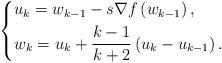
LaTeX: \begin{align*}\left\{\begin{aligned}& u_{k}=w_{k-1}-s \nabla f\left(w_{k-1}\right), \\& w_{k}=u_{k}+\frac{k-1}{k+2}\left(u_{k}-u_{k-1}\right).\end{aligned}\right.\end{align*}